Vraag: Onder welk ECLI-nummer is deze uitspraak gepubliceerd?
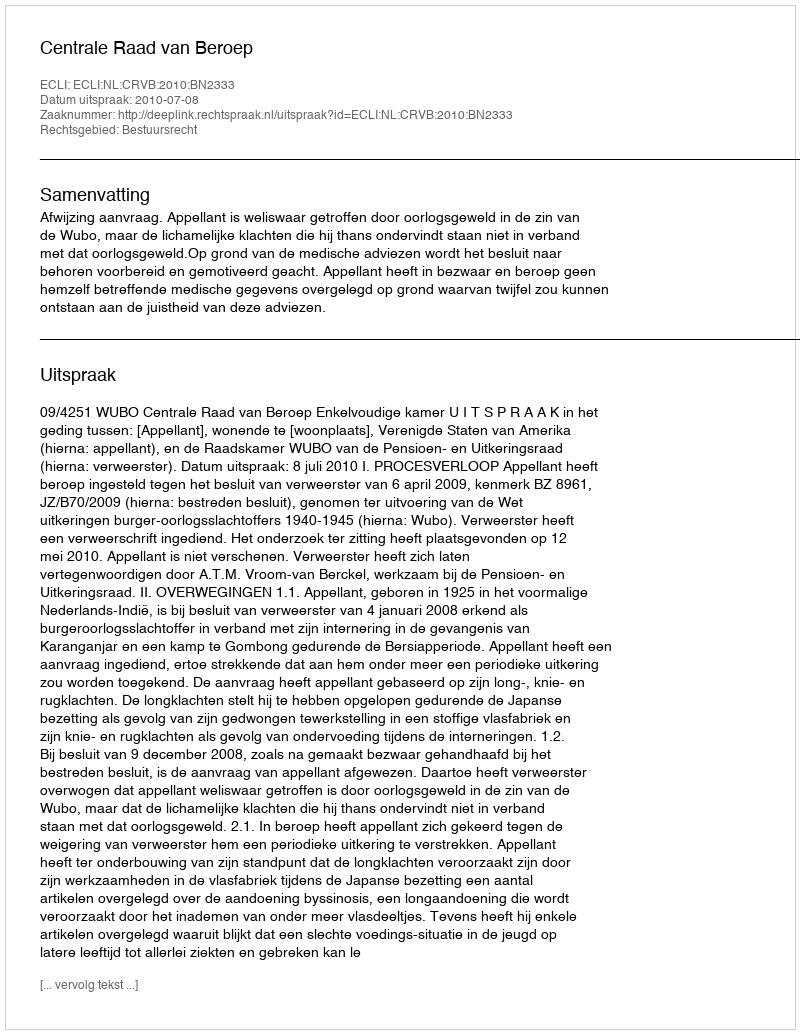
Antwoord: ECLI:NL:CRVB:2010:BN2333